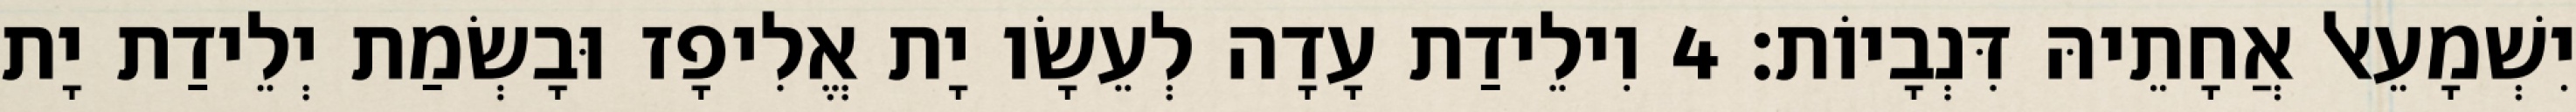
יִשְׁמָעֵאל אֲחָתֵיהּ דִּנְבָיוֹת׃ 4 וִילֵידַת עָדָה לְעֵשָׂו יָת אֱלִיפָז וּבָשְׂמַת יְלֵידַת יָת